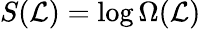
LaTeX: S(\mathcal{L})=\log\Omega(\mathcal{L})